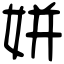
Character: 姘